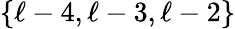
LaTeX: \{ \ell-4,\ell-3,\ell-2\}